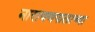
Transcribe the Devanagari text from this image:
नारायणपालाच्या